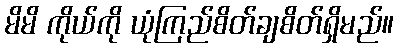
မိမိ ကိုယ်ကို ယုံကြည်စိတ်ချစိတ်ရှိမည်။